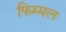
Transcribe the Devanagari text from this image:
फिम्मल